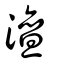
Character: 澶